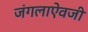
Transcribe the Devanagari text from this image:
जंगलाऐवजी